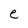
Character: e